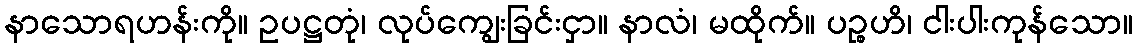
နာသောရဟန်းကို။ ဥပဋ္ဌတုံ၊ လုပ်ကျွေးခြင်းငှာ။ နာလံ၊ မထိုက်။ ပဉ္စဟိ၊ ငါးပါးကုန်သော။